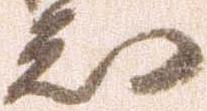
知